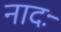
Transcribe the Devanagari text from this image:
नादः